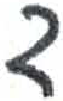
אות: ד